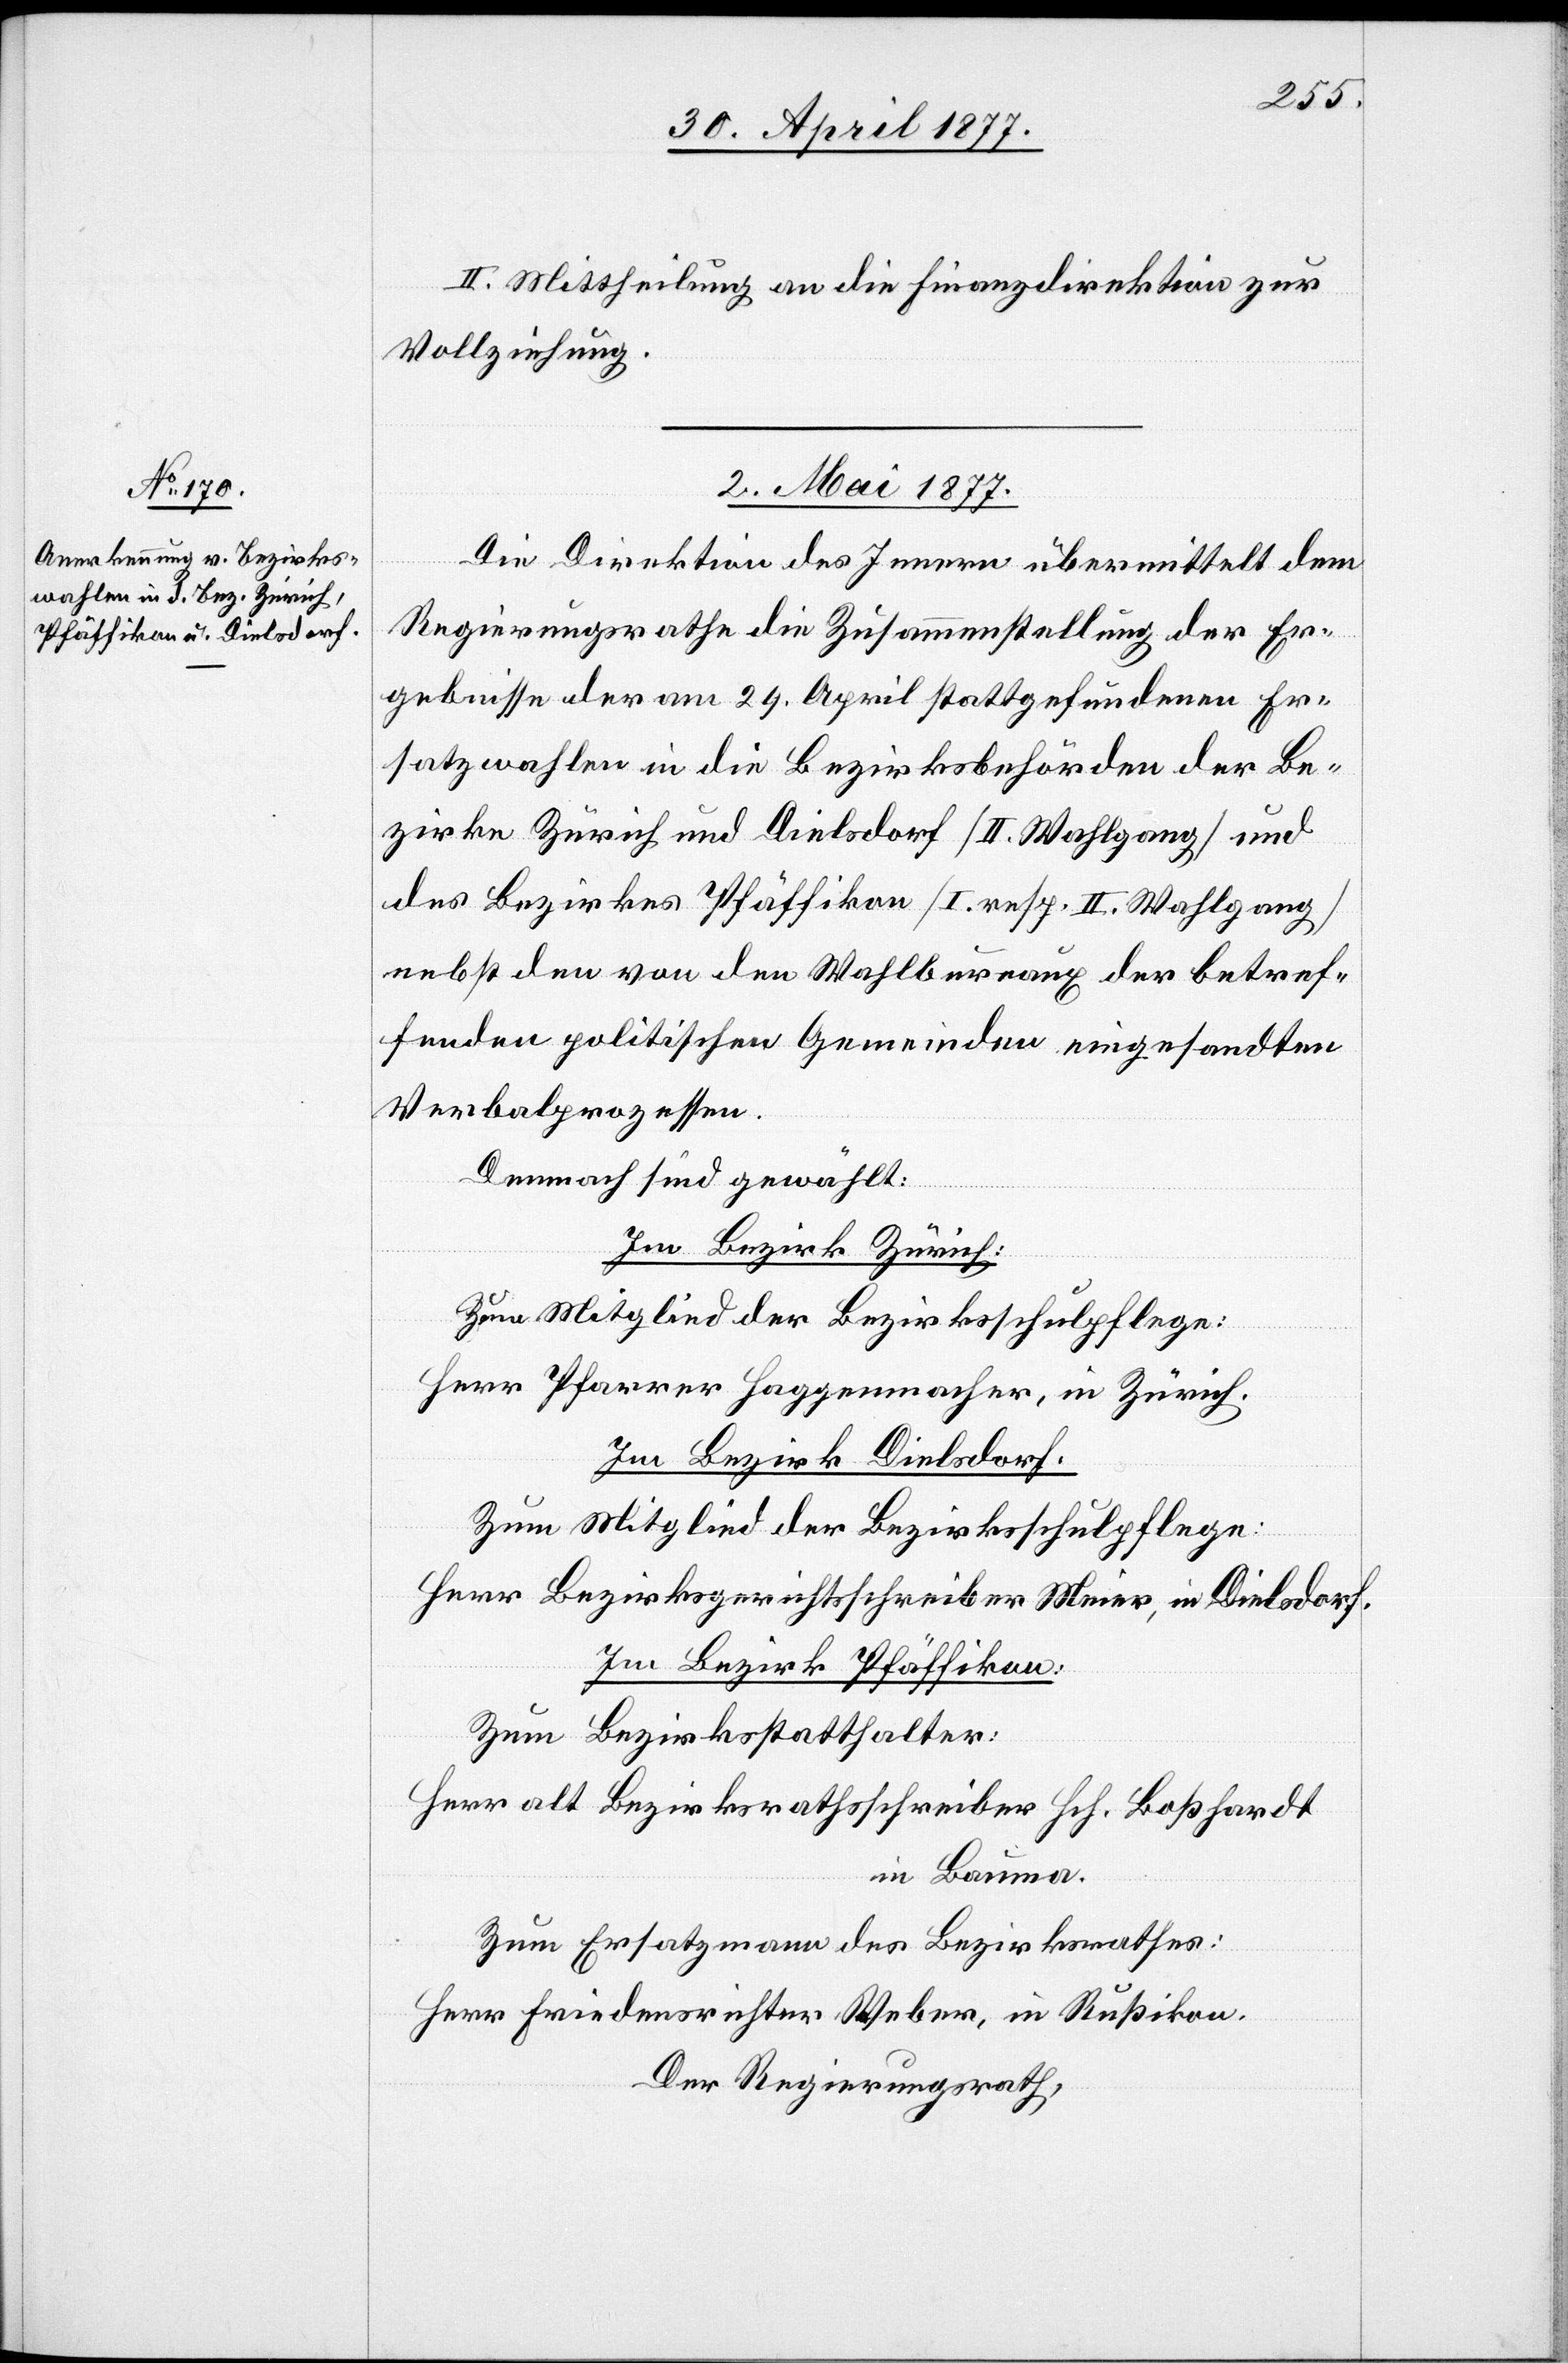
II. Mittheilung an die Finanzdirektion zur
Vollziehung.
2. Mai 1877.
Die Direktion des Innern übermittelt dem
Regierungsrathe die Zusammenstellung der Er¬
gebnisse der am 29. April stattgefundenen Er¬
satzwahlen in die Bezirksbehörden der Be¬
zirke Zürich und Dielsdorf [II. Wahlgang] und
des Bezirkes Pfäffikon [I. resp. II. Wahlgang]
nebst den von den Wahlbureaux der betref¬
fenden politischen Gemeinden eingesandten
Verbalprozessen.
Demnach sind gewählt:
Im Bezirk Zürich:
Herr Pfarrer Haggenmacher, in Zürich.
Im Bezirk Dielsdorf:
Zum Mitglied der Bezirksschulpflege:
Herr Bezirksgerichtsschreiber Meier, in Dielsdorf.
Im Bezirk Pfäffikon:
Zum Bezirksstatthalter:
Herr alt Bezirksrathsschreiber Hch. Boßhardt
in Bauma.
Zum Ersatzmann des Bezirksrathes:
Herr Friedensrichter Weber, in Rußikon.
Der Regierungsrath,